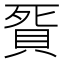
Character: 𧵲